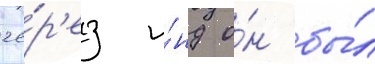
че́р'ез и́нд о́н бы́л